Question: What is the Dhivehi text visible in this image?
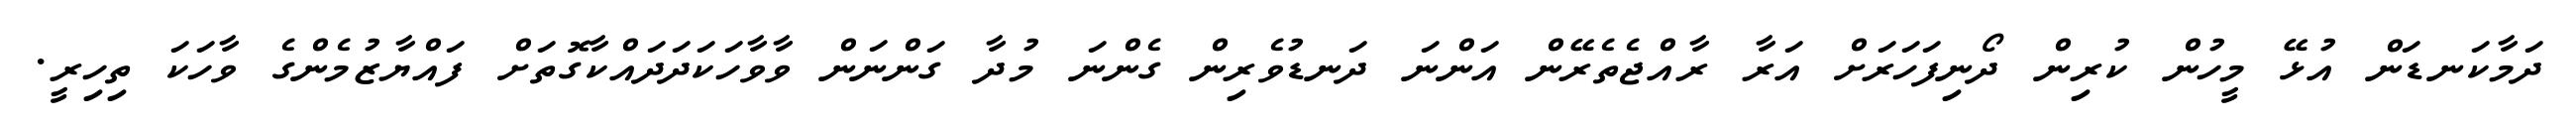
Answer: ދަމާކަނޑަން އުޅޭ މީހުން ކުރިން ދޯނިފަހަރަށް އަރާ ރާއްޖެތެރޭން އަންނަ ދަނޑުވެރިން ގެންނަ މުދާ ގަންނަން ވާވާހަކަދަދައްކާގޮތަށް ފައްޔާޒުމެންގެ ވާހަކަ ތިހިރީ.